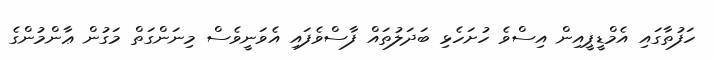
ހަފުތާގައި އެމްޑީޕީއިން އިސްވެ ހުށަހެޅި ބަދަލުތައް ފާސްވެފައި އެވަނީވެސް މިނަންގަތް މަގުން ޢާންމުންގެ